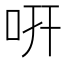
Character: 咞